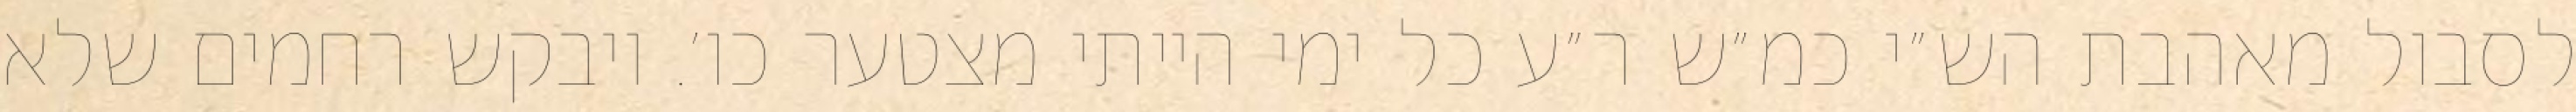
לסבול מאהבת הש״י כמ״ש ר״ע כל ימי הייתי מצטער כו׳. ויבקש רחמים שלא